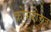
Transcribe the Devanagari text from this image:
क्रोसरोडज